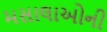
મસાલાઓની